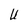
Character: U